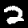
Digit: 2